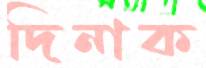
দিনাক